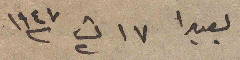
بعبدا ١٧ ت٢ ١٩٤٧